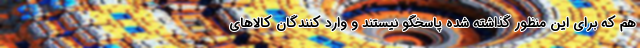
هم که برای این منظور گذاشته شده پاسخگو نیستند و وارد کنندگان کالاهای